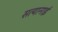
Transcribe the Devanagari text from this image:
सत्यानाई